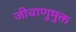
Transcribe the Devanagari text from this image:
जीवाणुमुक्त